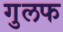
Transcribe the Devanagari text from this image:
गुलफ